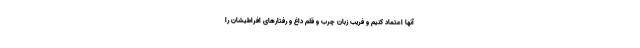
آنها اعتماد کنیم و فریب زبان چرب و قلم داغ و رفتارهای افراطیشان را